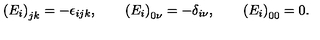
\left( E _ { i } \right) _ { j k } = - \epsilon _ { i j k } , \qquad \left( E _ { i } \right) _ { 0 \nu } = - \delta _ { i \nu } , \qquad \left( E _ { i } \right) _ { 0 0 } = 0 .